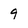
Character: 9